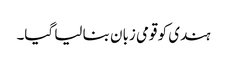
ہندی کو قومی زبان بنا لیا گیا۔